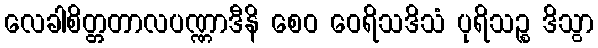
လေခါစိတ္တတာလပဏ္ဏာဒီနိ စေဝ ဝေရိသဒိသံ ပုရိသဉ္စ ဒိသွာ